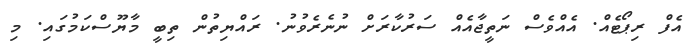
އެފް ރިޕޯޓެއް. އެއްވެސް ނަތީޖާއެއް ސަރުކާރަށް ނުނެރެވުނު. ރައްޔިތުން ތިބީ މާޔޫސްކަމުގައި. މި